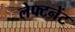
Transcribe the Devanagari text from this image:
लेफ्टनेंट